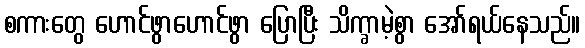
စကားတွေ ဟောင်ဖွာဟောင်ဖွာ ပြောပြီး သိက္ခာမဲ့စွာ အော်ရယ်နေသည်။